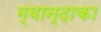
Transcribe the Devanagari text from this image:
म्बान्दाका